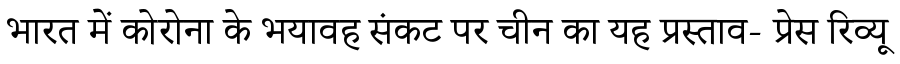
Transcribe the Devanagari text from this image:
भारत में कोरोना के भयावह संकट पर चीन का यह प्रस्ताव- प्रेस रिव्यू